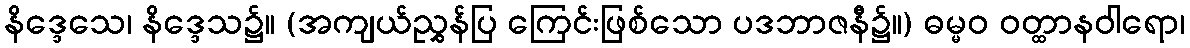
နိဒ္ဒေသေ၊ နိဒ္ဒေသ၌။ (အကျယ်ညွှန်ပြ ကြေင်းဖြစ်သော ပဒဘာဇနီ၌။) ဓမ္မဝ ဝတ္ထာနဝါရော၊